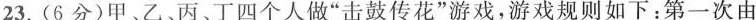
23.(6分)甲、乙、丙、丁四个人做“击鼓传花”游戏，游戏规则如下：第一次由